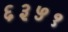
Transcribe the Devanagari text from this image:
६३५१